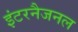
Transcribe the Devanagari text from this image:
इंटरनैजनल